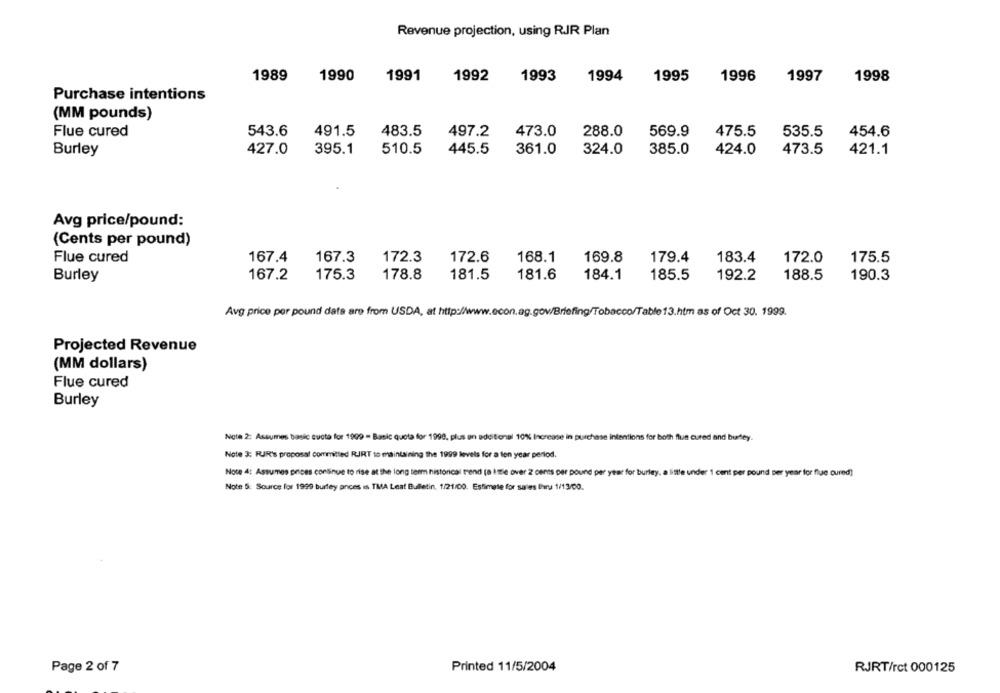
Revenue projection, using RJR Plan
1989
1990
1991
1992
1993
1994
1995
1996
1997
1998
Purchase intentions
(MM pounds)
543.6
483.5
497.2
473.0
288.0
475.5
535.5
454.6
Flue cured
491.5
569.9
Burley
427.0
395.1
510.5
445.5
361.0
324.0
385.0
424.0
473.5
421.1
Avg price/pound:
(Cents per pound)
172.3
Flue cured
167.4
167.3
172.6
168.1
169.8
179.4
183.4
172.0
175.5
Burley
167.2
175.3
178.8
181.5
181.6
184.1
185.5
192.2
188.5
190.3
Avg price per pound data are from USDA, at http://www.econ.ag.gov/Briefing/Tobacco/Table13.htm as of Oct 30. 1999.
Projected Revenue
(MM dollars)
Flue cured
Burley
Note 2: Assumes basic cucta for 1909 - Basic quota for 1999, plus an additional 10% Increase in purchase intentions for both flun cured and burley.
Note 3; RJR's proposal committed RIRT to maintaining the 1999 levels for a ten year period.
Note 4: Assumes prices continue to rise at the long term historical trend (8 Ittle over 2 cents per pound per year for burley, a little under 1 cent per pound per year for flue cured]
Note 5: Source for 1999 burley ances is TMA Leat Bulletin, 1/21/00. Estimate for sales Paru 1/13/00.
Page 2 of 7
Printed 11/5/2004
RJRT/rct 000125